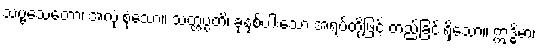
သဗ္ဗသေတော၊ အလုံးစုံသော။ သတ္တပ္ပတိ၊ ခုနှစ်ပါးသော အရပ်တို့ဖြင့် တည်ခြင်းရှိသော။ ဣဒ္ဓိမာ၊